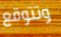
وتتوقع